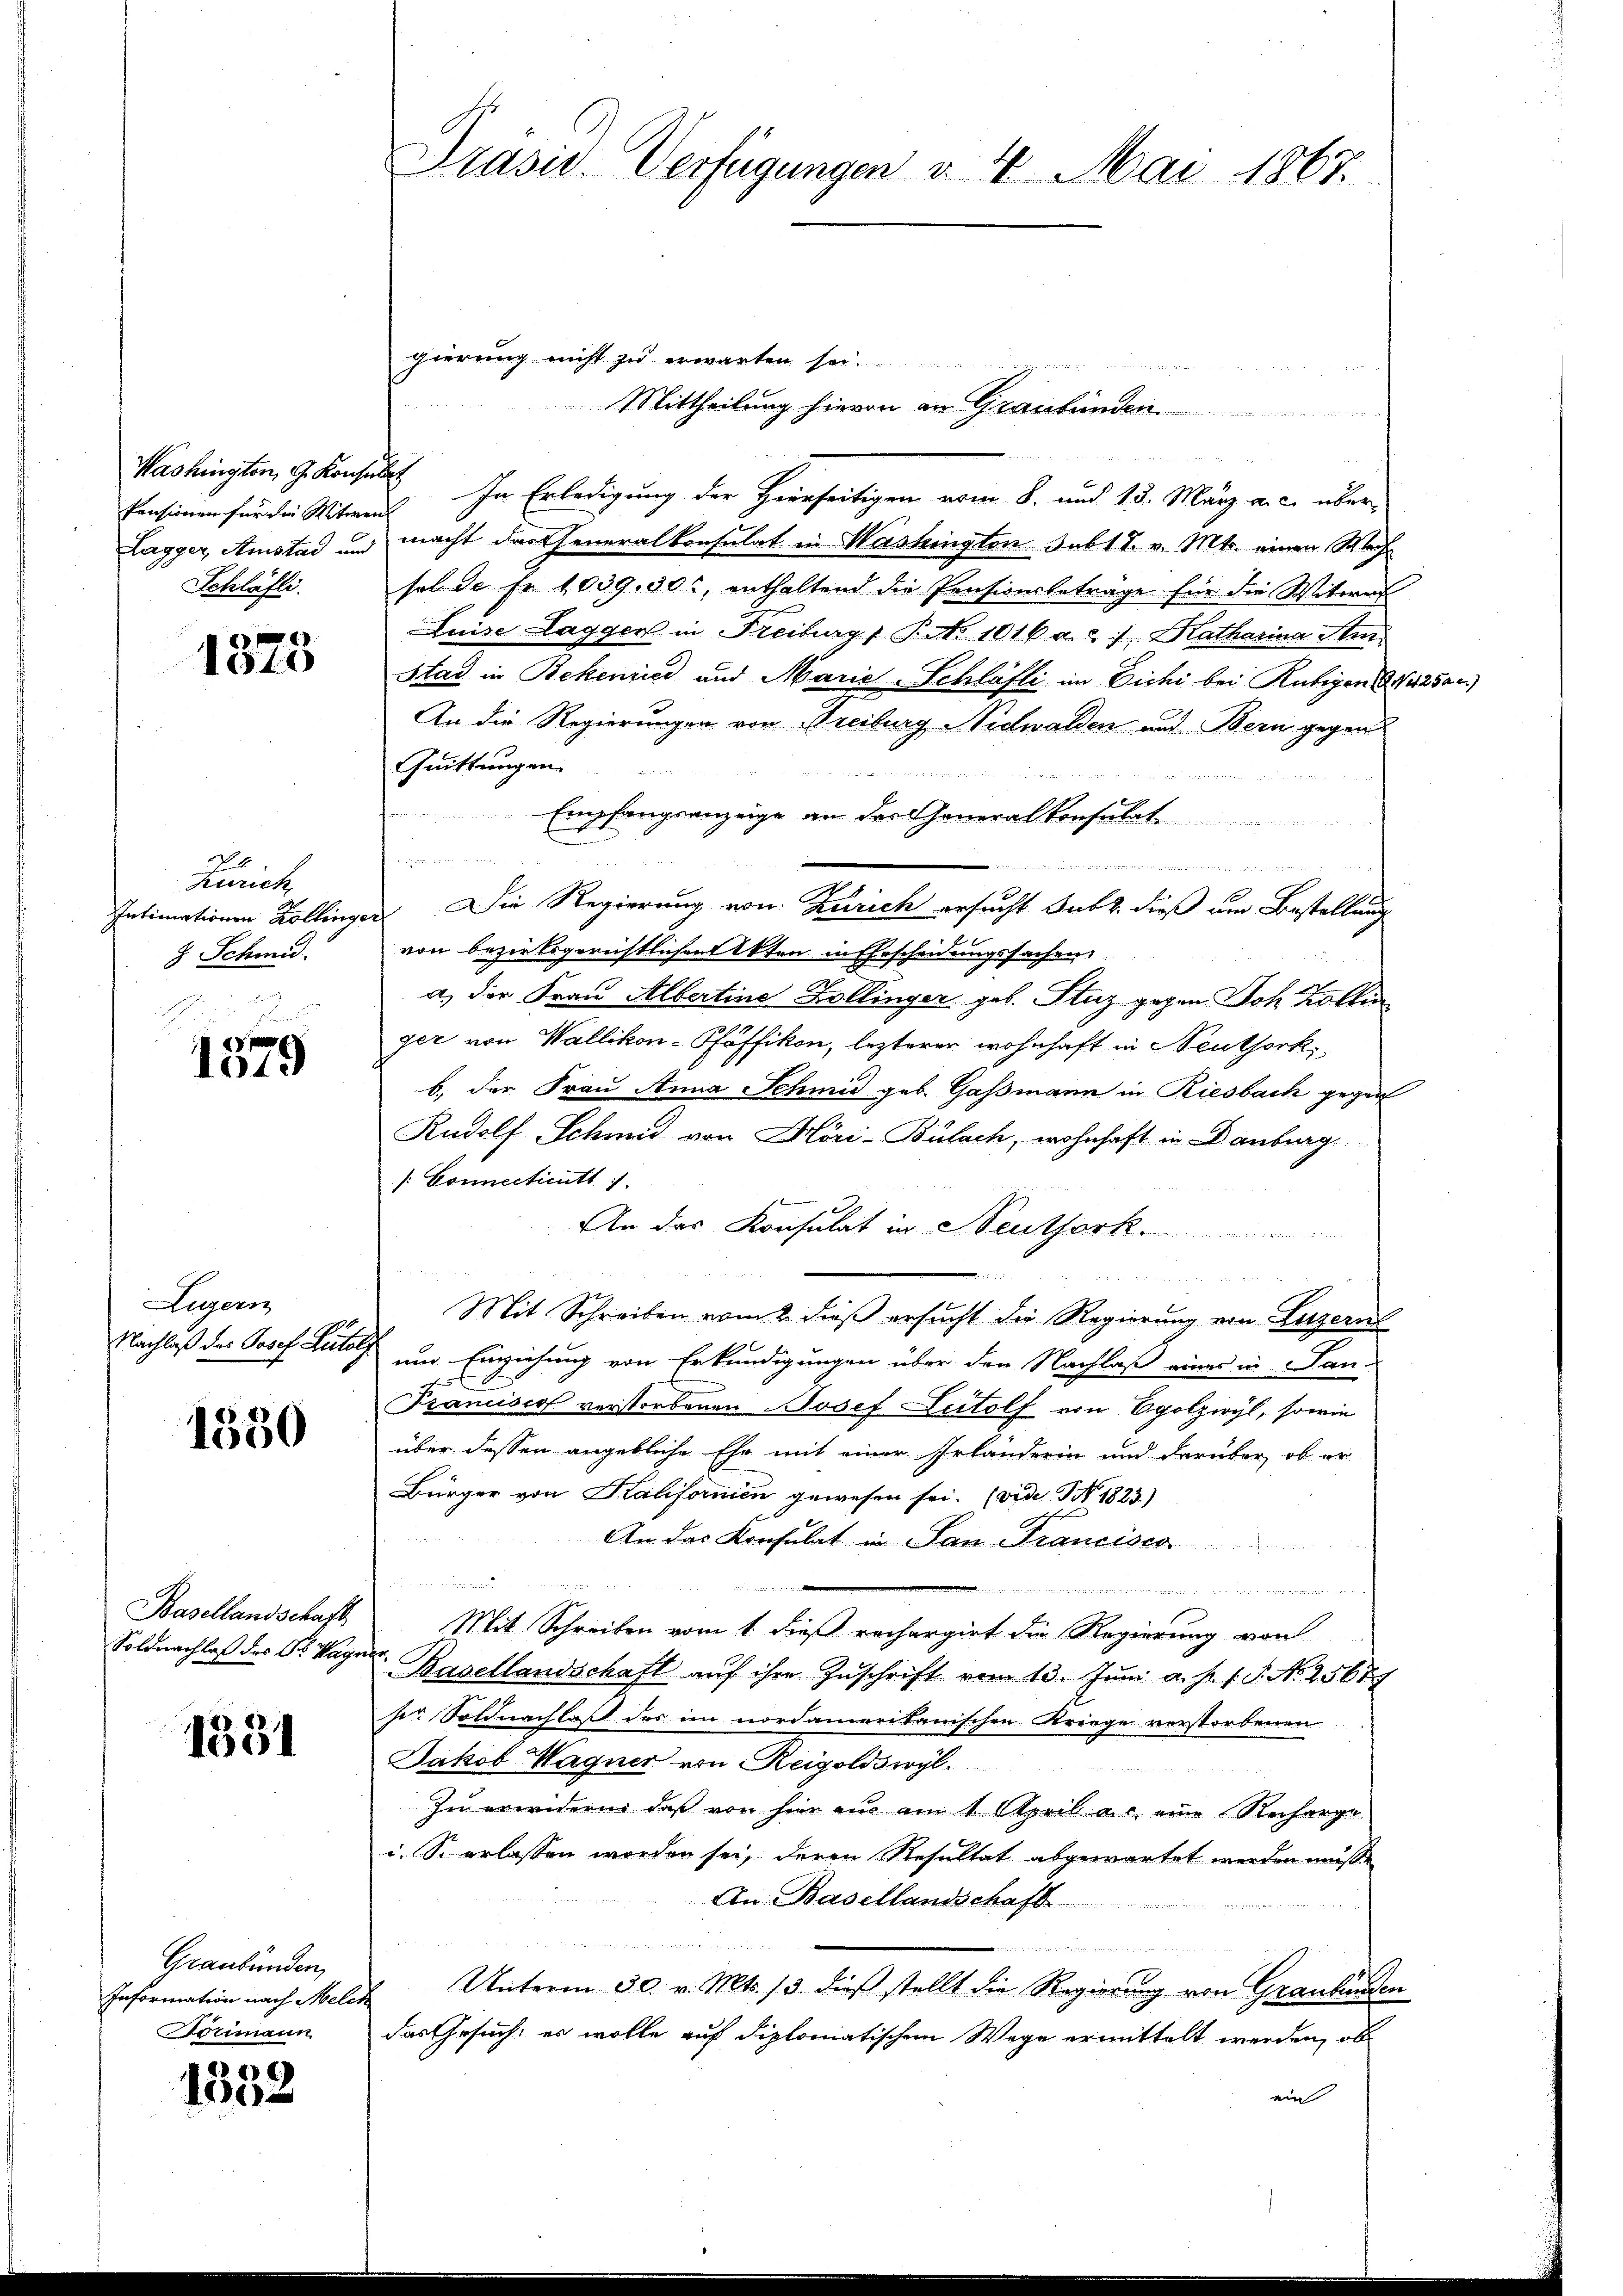
Washington, G. Konse
Pensionen für die Witwen
Lagger, Amstad und
Schläfli.

1
1540

4
Zürich
Intimationen Kollinge
 Schmid.

1019

Luzern
Nachlaß des Josef Lutolz

1350

Basellandschaft
Soldnachlaß des Dr. Wagn

1331

Graubünden,
Information nach Melch
Borimann

8
1052

Präsid.. Verfügungen v. 4. Mai 1867.

gierung nicht zu erwarten sei.

Mittheilung hievon an Graubünden
 In Erledigung der Hierseitigen vom 8. und 15. März a. c. über-
macht das Generalkonsulat in Washingten subt T. v. Mts. einen Wech
sol de Fr. 1039. 302, enthaltend die Pensionsbeträge für die Witwer
Luise Laggen in Freiburg, P. Nr. 1016 a. c. 7, Katharina Sti
Stad in Bekenried und Marie-Schläfli im Dichi bei Rubigen Gutac
An die Regierungen von Freiburg, Nidwalden und Bern gegen
Cuittungen

Empfangsanzeige an das Generalkonsulat

gehen werde ich
Die Regierung von Zürich ersucht Satz. dieß um Bestellung
von bezirksgerichtlichen Akten in Ehescheidungssachen,
a) der Frau Albertine Zollinger geb. Stuz gegen Joh. Kollin
ger von Wallikon-Pfaffikon, lezterer wohnhaft in Neuthork
b. der Frau Anna Schmid geb. Gassmann in Riesbach gegen
Rudolf Schmid von Höri-Bülach, wohnhaft in Danburg
/: Connectiritt
An das Konsulat in Neutherk.
Mit Schreiben vom 2 dieß ersucht die Regierung von Luzern
um Einziehung von Erkundigungen über den Nachlaß eines in Lan-
7
Francisco verstorbenen Josef Lutolf von Egolzwyl, sowie
über dessen angebliche Ehr mit einer Erlanderin und darüber, ob er
Bürger von Kaliformen gewesen sei. (vide I 1823.)
An das Konsulat in San Francisca

Mit Schreiben vom 1. dieß rechargirt die Regierung von
Basellandschaft aŭf ihre Zŭschrift vom 13. Jŭni a. p. s. S. N. 25677
ser Soldnachlaß des im nordameritanischen Kriege verstorbenen
Jakob Wagner von Reigoldswyl.
Zu erwidern, daß von hier aus am 1. April a. c. eine Recharge
i. So erlassen worden sei, deren Resultat abgewartet werden müße
An Basellandschaft
f

Unterm 30. v. Mts. 13. dieß stellt die Regierung von Graubünden
das Gesuch, es wolle auf diplomatischem Wege ermittelt werden, ob
ein